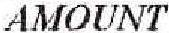
AMOUNT